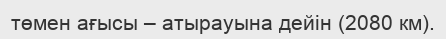
төмен ағысы – атырауына дейін (2080 км).